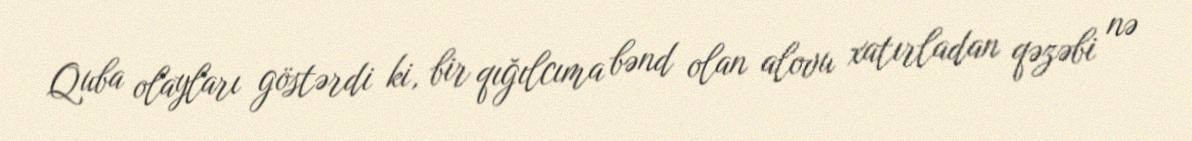
Quba olayları göstərdi ki, bir qığılcıma bənd olan alovu xatırladan qəzəbi nə